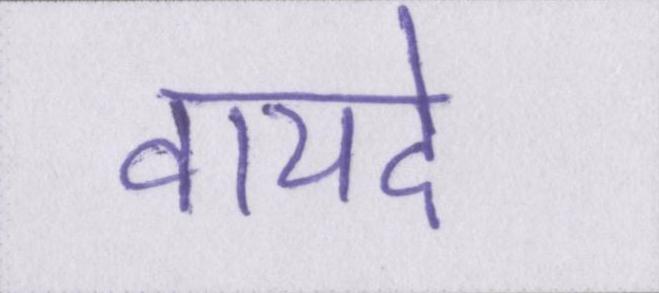
वायदे